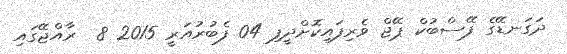
ދަގަނޑޭގެ ފޭސްބުކް ޕޭޖް ވެރިފައިކޮށްދީފި 04 ފެބުރުއަރީ 2015 8  ރާއްޖޭގައި